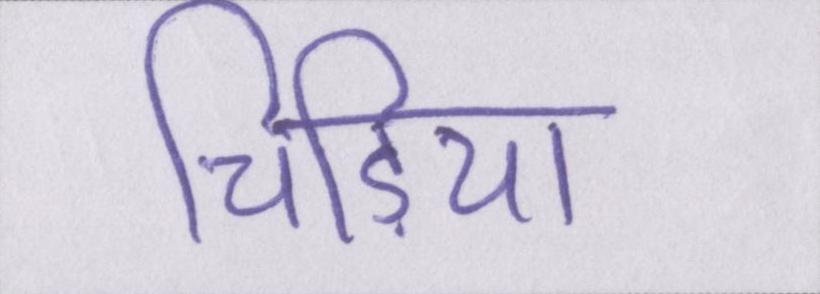
चिड़िया